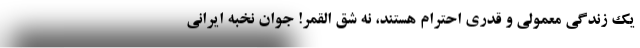
یک زندگی معمولی و قدری احترام هستند، نه شق القمر! جوان نخبه ایرانی